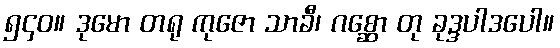
၅၄၀။ ဒုမော တရု ကုဇော သာခီ၊ ဂစ္ဆော တု ခုဒ္ဒပါဒပေါ။